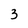
Character: 3